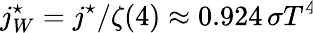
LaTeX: j_{W}^{\star}=j^{\star}/\zeta(4)\approx 0.924\, \sigma T^{4}\!